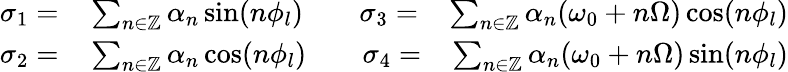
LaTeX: \begin{array}{rlr}{\sigma_{1}=}&{{}\sum_{n\in\mathbb{Z}}\alpha_{n}\sin(n\phi_{l})\quad\quad\sigma_{3}=}&{\sum_{n\in\mathbb{Z}}\alpha_{n}(\omega_{0}+n\Omega)\cos(n\phi_{l})}\\ {\sigma_{2}=}&{{}\sum_{n\in\mathbb{Z}}\alpha_{n}\cos(n\phi_{l})\quad\quad\sigma_{4}=}&{\sum_{n\in\mathbb{Z}}\alpha_{n}(\omega_{0}+n\Omega)\sin(n\phi_{l})}\end{array}